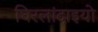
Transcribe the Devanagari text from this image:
घिरलांदाइयो